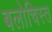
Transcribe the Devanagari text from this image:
बलोचिस्त